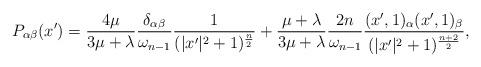
LaTeX: \begin{align*}P_{\alpha\beta}(x')=\frac{4\mu}{3\mu+\lambda}\frac{\delta_{\alpha\beta}}{\omega_{n-1}}\frac{1}{(|x'|^2+1)^{\frac{n}{2}}}+\frac{\mu+\lambda}{3\mu+\lambda}\frac{2n}{\omega_{n-1}}\frac{(x',1)_\alpha(x',1)_\beta}{(|x'|^2+1)^{\frac{n+2}{2}}},\end{align*}